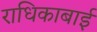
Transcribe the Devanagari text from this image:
राधिकाबाई